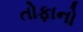
તોફાનો